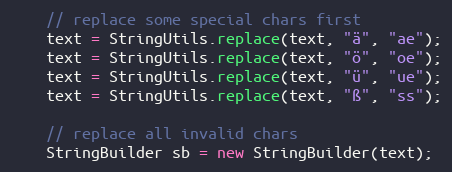
Language: Java
    // replace some special chars first
    text = StringUtils.replace(text, "ä", "ae");
    text = StringUtils.replace(text, "ö", "oe");
    text = StringUtils.replace(text, "ü", "ue");
    text = StringUtils.replace(text, "ß", "ss");

    // replace all invalid chars
    StringBuilder sb = new StringBuilder(text);